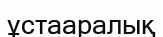
ұстааралық